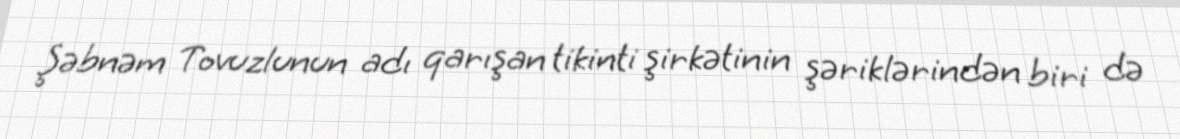
Şəbnəm Tovuzlunun adı qarışan tikinti şirkətinin şəriklərindən biri də